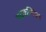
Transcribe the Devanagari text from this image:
भद्रकर्णिका